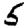
Digit: 5